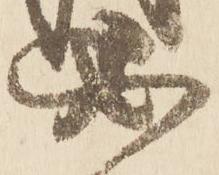
必